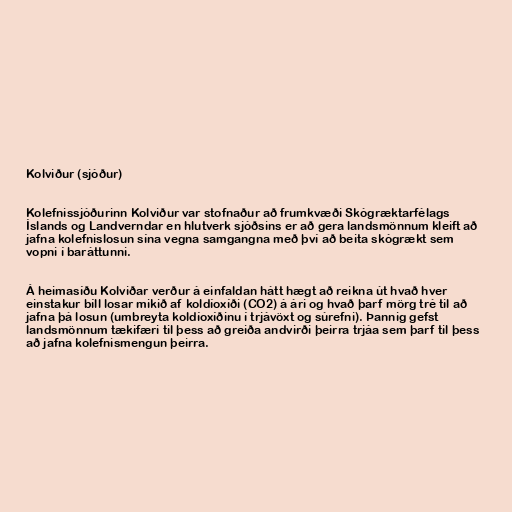
Kolviður (sjóður)

Kolefnissjóðurinn Kolviður var stofnaður að frumkvæði Skógræktarfélags
Íslands og Landverndar en hlutverk sjóðsins er að gera landsmönnum kleift að
jafna kolefnislosun sína vegna samgangna með því að beita skógrækt sem
vopni í baráttunni.

Á heimasíðu Kolviðar verður á einfaldan hátt hægt að reikna út hvað hver
einstakur bíll losar mikið af koldíoxíði (CO2) á ári og hvað þarf mörg tré til að
jafna þá losun (umbreyta koldíoxíðinu í trjávöxt og súrefni). Þannig gefst
landsmönnum tækifæri til þess að greiða andvirði þeirra trjáa sem þarf til þess
að jafna kolefnismengun þeirra.